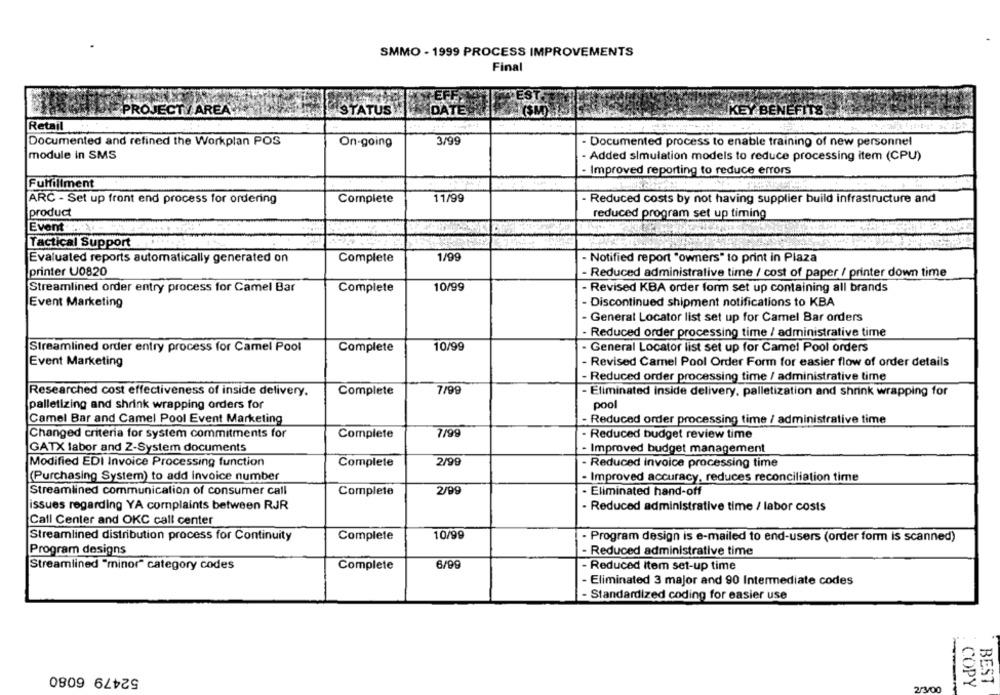
SMMO - 1999 PROCESS IMPROVEMENTS
Final
EST
PROJECT/ AREA
STATUS
DATE
(SM) ISE
KEY BENEFITS
Retail
Documented and refined the Workplan POS
On-going
3/99
Documented process to enable training of new personnel
module in SMS
- Added simulation models to reduce processing item (CPU)
- Improved reporting to reduce errors
Fulfillment
ARC - Set up front end process for ordering
Complete
11/99
Reduced costs by not having supplier build infrastructure and
product
reduced program set up timing
Event
Tactical Support
Evaluated reports automatically generated on
Complete
1/99
- Notified report "owners" to print in Plaza
printer U0820
- Reduced administrative time / cost of paper / printer down time
Streamlined order entry process for Camel Bar
Complete
10/99
Revised KBA order form set up containing all brands
Event Marketing
Discontinued shipment notifications to KBA
General Locator list set up for Camel Bar orders
Reduced order processing time / administrative time
Complete
10/99
General Locator list set up for Camel Pool orders
Streamlined order entry process for Camel Pool
Event Marketing
Revised Camel Pool Order Form for easier flow of order details
Reduced order processing time / administrative time
Researched cost effectiveness of inside delivery.
Complete
7/99
· Eliminated inside delivery, palletization and Shrink wrapping for
palletizing and shrink wrapping orders for
pool
Camel Bar and Camel Pool Event Marketing
- Reduced order processing time / administrative time
Changed criteria for system commitments for
Complete
7/99
Reduced budget review time
GATX labor and 2-System documents
Improved budget management
Modified EDI Invoice Processing function
Complete
2/99
- Reduced invoice processing time
(Purchasing System) to add Invoice number
- Improved accuracy, reduces reconciliation time
Streamlined communication of consumer call
Complete
2/99
Eliminated hand-off
issues regarding YA complaints between RJR
- Reduced administrative time / labor costs
Call Center and OKC call center
10/99
Streamlined distribution process for Continuity
Complete
- Program design is e-mailed to end-users (order form is scanned)
Program designs
66/9
- Reduced administrative time
Streamlined "minor" category codes
Complete
Reduced Item set-up time
Eliminated 3 major and 90 Intermediate codes
Standardized coding for easier use
52479 6080
2/3/00
COPY
BEST